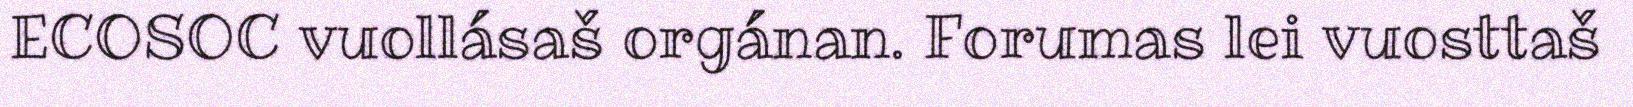
ECOSOC vuollásaš orgánan. Forumas lei vuosttaš